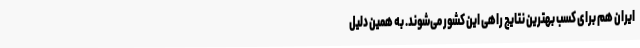
ایران هم برای کسب بهترین نتایج راهی این کشور می‌شوند. به همین دلیل